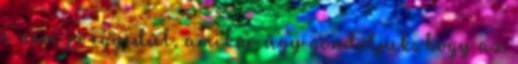
s nem jó egyedül, amikor úgy gondoljuk, hogy az